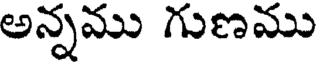
అన్నము గుణము